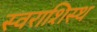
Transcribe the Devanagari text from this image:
स्वराशिस्थ